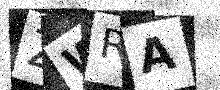
Text: ZWRA